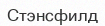
Стэнсфилд